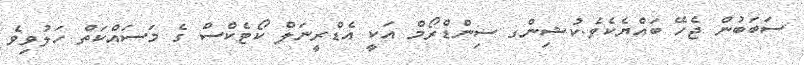
ސަބަބުން ޖެހޭ ބައްޔެކެވެ.ކުޝިންގ ސިންޑްރޯމް އަކީ އެޑްރީނަލް ކޯޓެކްސް ގެ މަސައްކަތް ހަލުވިވެ